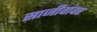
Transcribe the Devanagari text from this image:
साजीवांवर